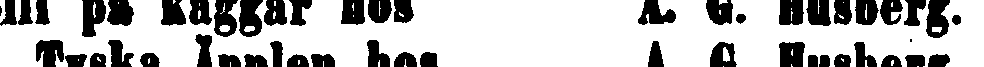
Sill på kaggar hos A. G. Husberg.